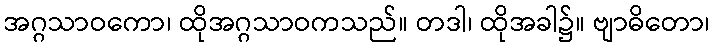
အဂ္ဂသာဝကော၊ ထိုအဂ္ဂသာဝကသည်။ တဒါ၊ ထိုအခါ၌။ ဗျာဓိတော၊